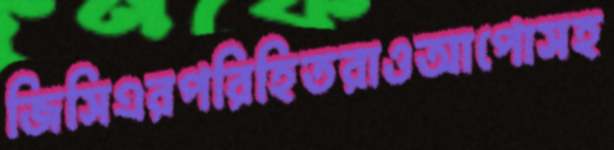
জিসিএরপরিহিতরাওআপোসহ